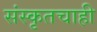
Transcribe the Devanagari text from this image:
संस्कृतचाही